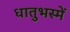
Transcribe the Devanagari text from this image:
धातुभस्में